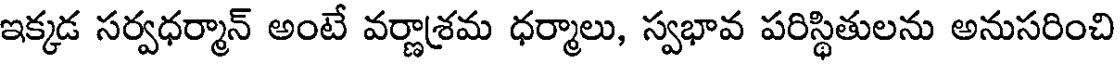
ఇక్కడ సర్వధర్మాన్ అంటే వర్ణాశ్రమ ధర్మాలు, స్వభావ పరిస్థితులను అనుసరించి